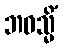
ဘဝသ္မိံ